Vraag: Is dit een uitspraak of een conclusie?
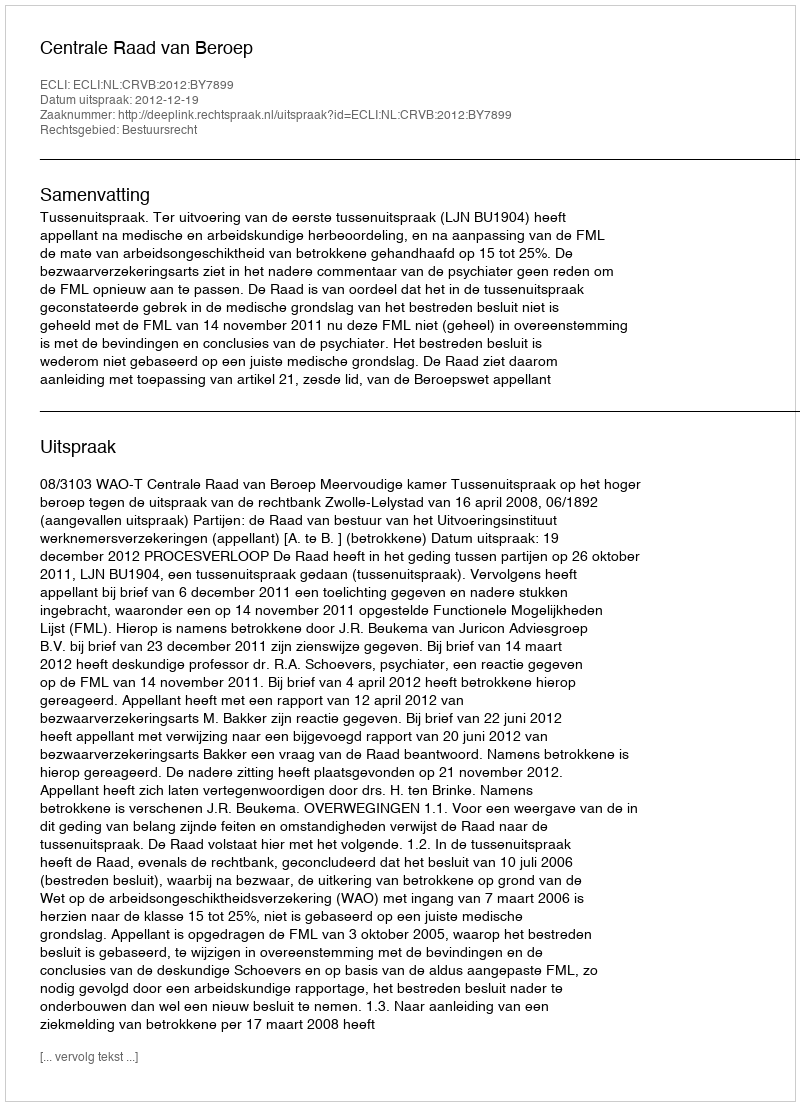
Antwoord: Uitspraak